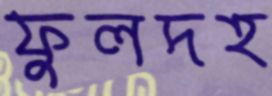
ফুলদহ